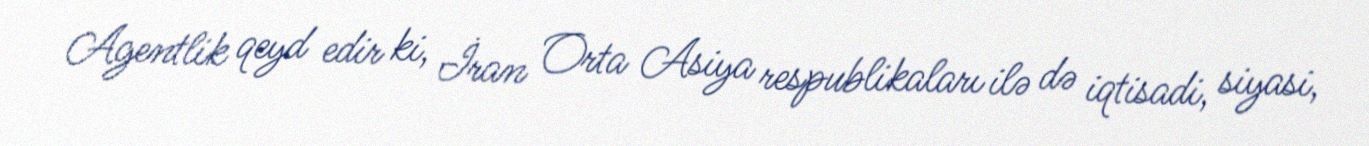
Agentlik qeyd edir ki, İran Orta Asiya respublikaları ilə də iqtisadi, siyasi,